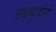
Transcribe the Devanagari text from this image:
लाबूर्दने